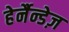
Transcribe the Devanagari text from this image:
हेर्नैन्डेज़